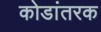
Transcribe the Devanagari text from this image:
कोडांतरक